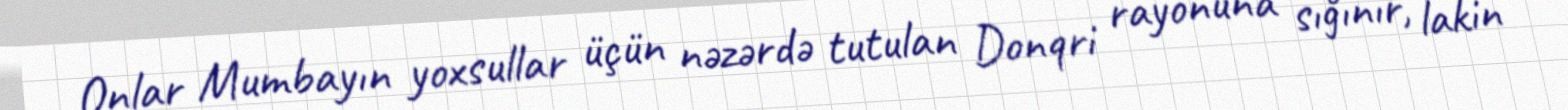
Onlar Mumbayın yoxsullar üçün nəzərdə tutulan Donqri rayonuna sığınır, lakin